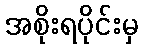
အစိုးရပိုင်းမှ